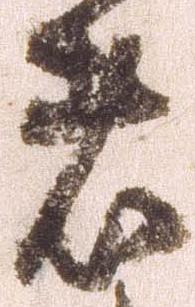
者